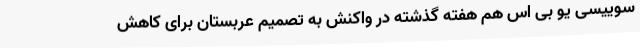
سوییسی یو بی اس هم هفته گذشته در واکنش به تصمیم عربستان برای کاهش